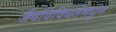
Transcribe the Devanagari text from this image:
जैवविविधतेमधून